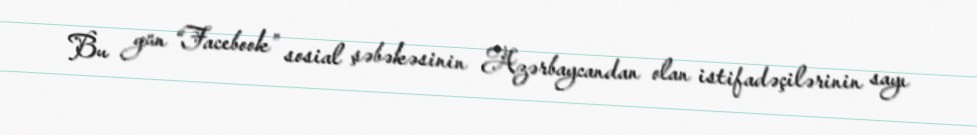
Bu gün “Facebook” sosial şəbəkəsinin Azərbaycandan olan istifadəçilərinin sayı